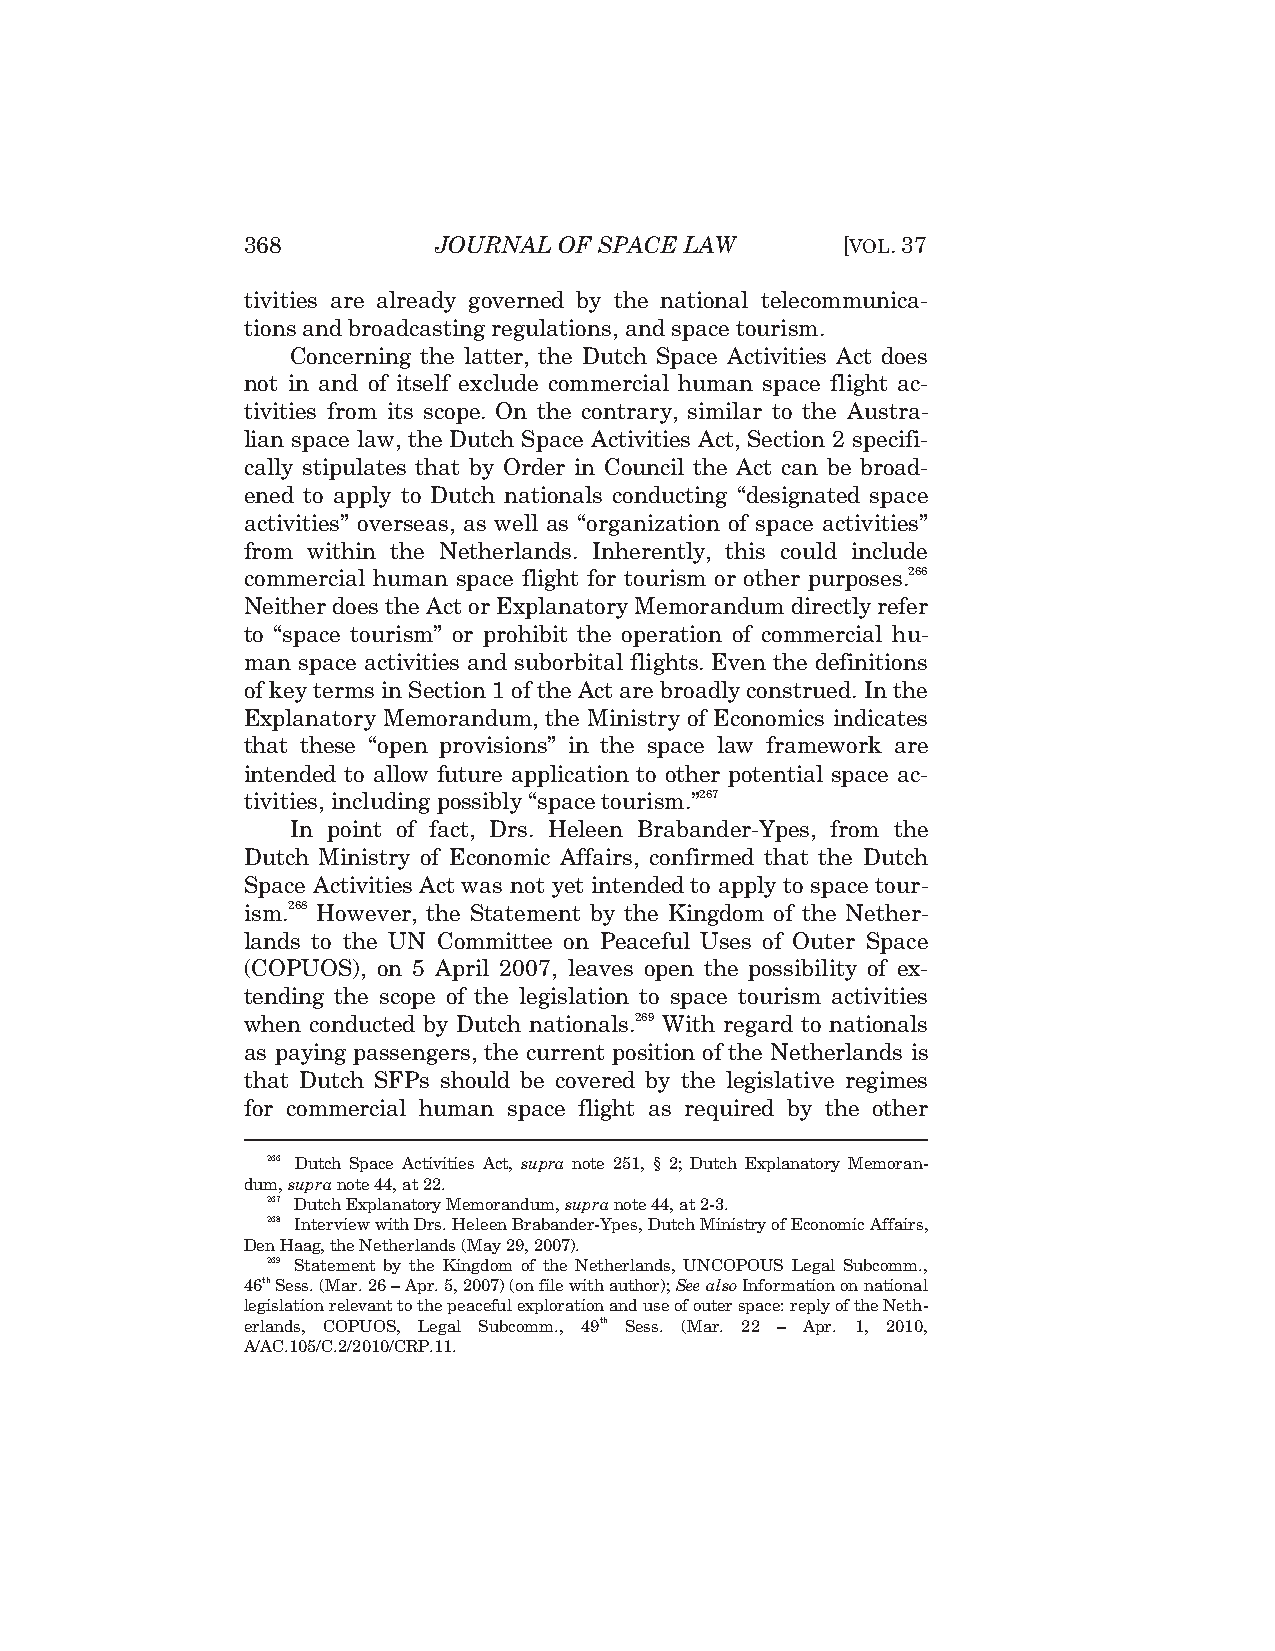
368          JOURNAL OF SPACE LAW       [VOL.37
 tivities are already governed by the national telecommunica-
 tions and broadcasting regulations, and space tourism.
 Concerning the latter, the Dutch Space Activities Act does
 not in and of itself exclude commercial human space flight ac-
 tivities from its scope. On the contrary, similar to the Austra-
 lian space law, the Dutch Space Activities Act, Section 2 specifi-
 cally stipulates that by Order in Council the Act can be broad-
 ened to apply to Dutch nationals conducting “designated space
 activities” overseas, as well as “organization of space activities”
 from within the Netherlands. Inherently, this could include
 commercial human space flight for tourism or other purposes.266
 Neither does the Act or Explanatory Memorandum directly refer
 to “space tourism” or prohibit the operation of commercial hu-
 man space activities and suborbital flights. Even the definitions
 of key terms in Section 1 of the Act are broadly construed. In the
 Explanatory Memorandum, the Ministry of Economics indicates
 that these “open provisions” in the space law framework are
 intended to allow future application to other potential space ac-
 tivities, including possibly “space tourism.”267
 In point of fact, Drs. Heleen Brabander-Ypes, from the
 Dutch Ministry of Economic Affairs, confirmed that the Dutch
 Space Activities Act was not yet intended to apply to space tour-
 ism.268 However, the Statement by the Kingdom of the Nether-
 lands to the UN Committee on Peaceful Uses of Outer Space
 (COPUOS), on 5 April 2007, leaves open the possibility of ex-
 tending the scope of the legislation to space tourism activities
 when conducted by Dutch nationals.269 With regard to nationals
 as paying passengers, the current position of the Netherlands is
 that Dutch SFPs should be covered by the legislative regimes
 for commercial human space flight as required by the other
 266 Dutch Space Activities Act, supra note 251, § 2; Dutch Explanatory Memoran-
 dum, supra note 44, at 22.
 267 Dutch Explanatory Memorandum, supra note 44, at 2-3.
 268 Interview with Drs. Heleen Brabander-Ypes, Dutch Ministry of Economic Affairs,
 Den Haag, the Netherlands (May 29, 2007).
 269 Statement by the Kingdom of the Netherlands, UNCOPOUS Legal Subcomm.,
 46th Sess. (Mar. 26 – Apr. 5, 2007) (on file with author); See also Information on national
 legislation relevant to the peaceful exploration and use of outer space: reply of the Neth-
 erlands, COPUOS, Legal Subcomm., 49th Sess. (Mar. 22 – Apr. 1, 2010,
 A/AC.105/C.2/2010/CRP.11.